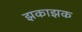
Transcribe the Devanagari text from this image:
झकाझक